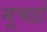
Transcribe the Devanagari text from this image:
मूर्च्‍छा